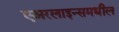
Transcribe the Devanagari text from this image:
एअरलाइन्समधील